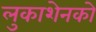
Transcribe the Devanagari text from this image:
लुकाशेनको